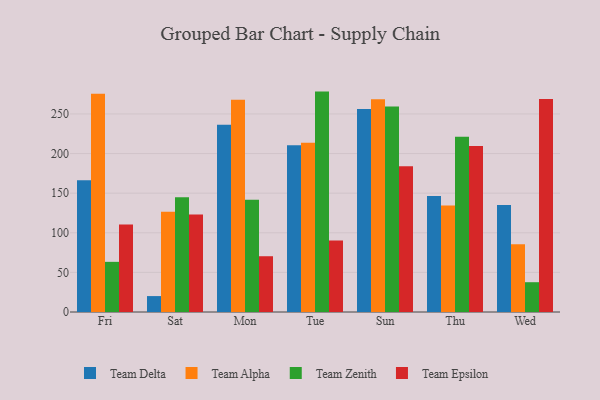
{"axis": {"x": "Day", "y": "Budget (USD K)"}, "legend": ["Team Alpha", "Team Delta", "Team Epsilon", "Team Zenith"], "data": [{"x": "Fri", "y": 166.2, "type": "Team Delta"}, {"x": "Fri", "y": 275.5, "type": "Team Alpha"}, {"x": "Fri", "y": 63.3, "type": "Team Zenith"}, {"x": "Fri", "y": 110.6, "type": "Team Epsilon"}, {"x": "Sat", "y": 20.1, "type": "Team Delta"}, {"x": "Sat", "y": 126.6, "type": "Team Alpha"}, {"x": "Sat", "y": 145.0, "type": "Team Zenith"}, {"x": "Sat", "y": 123.2, "type": "Team Epsilon"}, {"x": "Mon", "y": 236.4, "type": "Team Delta"}, {"x": "Mon", "y": 267.9, "type": "Team Alpha"}, {"x": "Mon", "y": 141.6, "type": "Team Zenith"}, {"x": "Mon", "y": 70.4, "type": "Team Epsilon"}, {"x": "Tue", "y": 210.5, "type": "Team Delta"}, {"x": "Tue", "y": 213.6, "type": "Team Alpha"}, {"x": "Tue", "y": 278.2, "type": "Team Zenith"}, {"x": "Tue", "y": 90.4, "type": "Team Epsilon"}, {"x": "Sun", "y": 256.2, "type": "Team Delta"}, {"x": "Sun", "y": 268.4, "type": "Team Alpha"}, {"x": "Sun", "y": 259.3, "type": "Team Zenith"}, {"x": "Sun", "y": 183.9, "type": "Team Epsilon"}, {"x": "Thu", "y": 146.4, "type": "Team Delta"}, {"x": "Thu", "y": 134.3, "type": "Team Alpha"}, {"x": "Thu", "y": 221.2, "type": "Team Zenith"}, {"x": "Thu", "y": 209.4, "type": "Team Epsilon"}, {"x": "Wed", "y": 135.0, "type": "Team Delta"}, {"x": "Wed", "y": 85.4, "type": "Team Alpha"}, {"x": "Wed", "y": 37.6, "type": "Team Zenith"}, {"x": "Wed", "y": 268.8, "type": "Team Epsilon"}]}